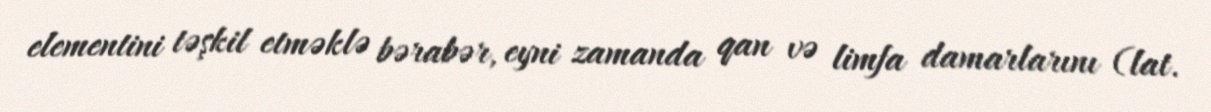
elementini təşkil etməklə bərabər, eyni zamanda qan və limfa damarlarını (lat.